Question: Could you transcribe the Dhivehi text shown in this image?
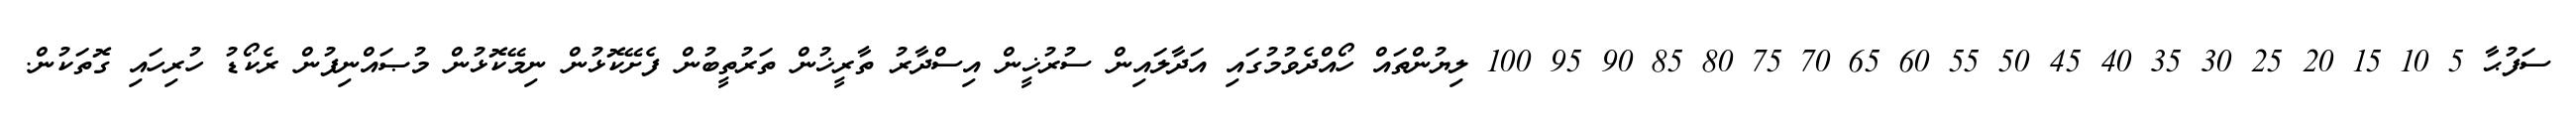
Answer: ސަފުޙާ 5 10 15 20 25 30 35 40 45 50 55 60 65 70 75 80 85 90 95 100 ލިޔުންތައް ހޯއްދެވުމުގައި އަދާލައިން ސުރުޚީން އިސްދާރު ތާރީޚުން ތަރުތީބުން ފެށޭކޮޅުން ނިމޭކޮޅުން މުޞައްނިފުން ރެކޯޑު ހުރިހައި ގޮތަކުން.